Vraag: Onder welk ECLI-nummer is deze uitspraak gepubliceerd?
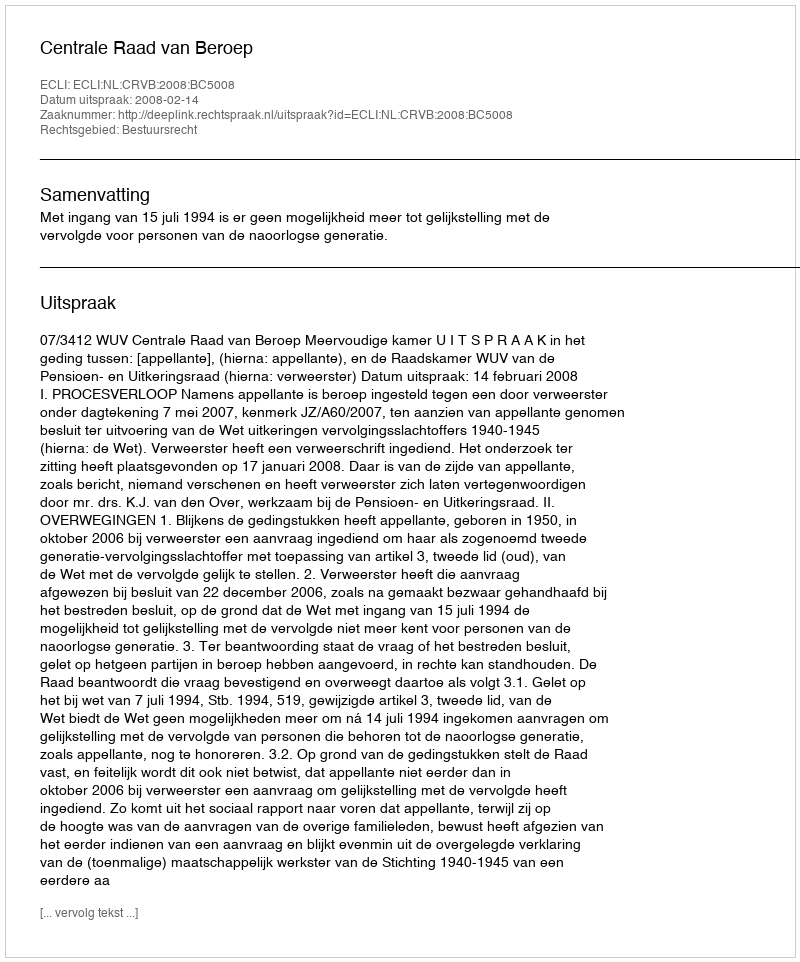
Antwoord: ECLI:NL:CRVB:2008:BC5008